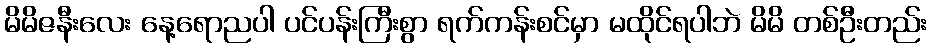
မိမိဇနီးလေး နေ့ရောညပါ ပင်ပန်းကြီးစွာ ရက်ကန်းစင်မှာ မထိုင်ရပါဘဲ မိမိ တစ်ဦးတည်း